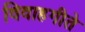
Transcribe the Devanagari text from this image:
विवाहगीते